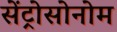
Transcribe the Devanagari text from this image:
सेंट्रोसोनोम